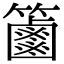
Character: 𥷠